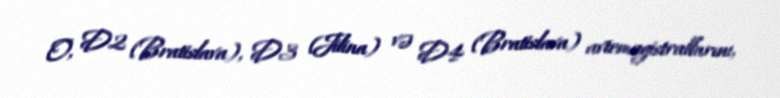
O, D2 (Bratislava), D3 (Jilina) və D4 (Bratislava) avtomagistrallarını,